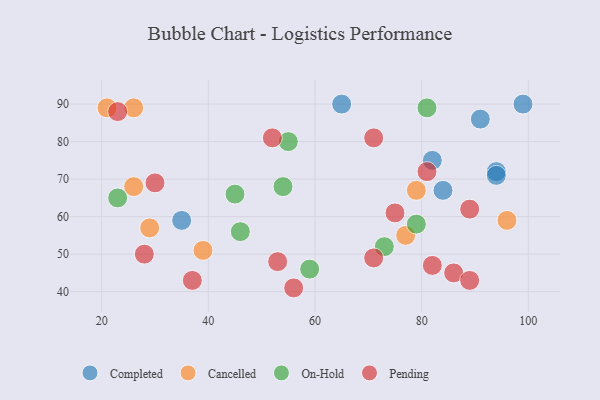
{"axis": {"x": "GDP", "y": "Life Expectancy"}, "legend": ["Cancelled", "Completed", "On-Hold", "Pending"], "data": [{"x": "35", "y": 59, "type": "Completed"}, {"x": "84", "y": 67, "type": "Completed"}, {"x": "65", "y": 90, "type": "Completed"}, {"x": "94", "y": 72, "type": "Completed"}, {"x": "82", "y": 75, "type": "Completed"}, {"x": "91", "y": 86, "type": "Completed"}, {"x": "99", "y": 90, "type": "Completed"}, {"x": "94", "y": 71, "type": "Completed"}, {"x": "26", "y": 89, "type": "Cancelled"}, {"x": "39", "y": 51, "type": "Cancelled"}, {"x": "29", "y": 57, "type": "Cancelled"}, {"x": "96", "y": 59, "type": "Cancelled"}, {"x": "79", "y": 67, "type": "Cancelled"}, {"x": "26", "y": 68, "type": "Cancelled"}, {"x": "21", "y": 89, "type": "Cancelled"}, {"x": "77", "y": 55, "type": "Cancelled"}, {"x": "23", "y": 65, "type": "On-Hold"}, {"x": "55", "y": 80, "type": "On-Hold"}, {"x": "59", "y": 46, "type": "On-Hold"}, {"x": "73", "y": 52, "type": "On-Hold"}, {"x": "81", "y": 89, "type": "On-Hold"}, {"x": "45", "y": 66, "type": "On-Hold"}, {"x": "54", "y": 68, "type": "On-Hold"}, {"x": "79", "y": 58, "type": "On-Hold"}, {"x": "46", "y": 56, "type": "On-Hold"}, {"x": "23", "y": 88, "type": "Pending"}, {"x": "37", "y": 43, "type": "Pending"}, {"x": "86", "y": 45, "type": "Pending"}, {"x": "52", "y": 81, "type": "Pending"}, {"x": "89", "y": 62, "type": "Pending"}, {"x": "89", "y": 43, "type": "Pending"}, {"x": "53", "y": 48, "type": "Pending"}, {"x": "71", "y": 81, "type": "Pending"}, {"x": "71", "y": 49, "type": "Pending"}, {"x": "30", "y": 69, "type": "Pending"}, {"x": "75", "y": 61, "type": "Pending"}, {"x": "28", "y": 50, "type": "Pending"}, {"x": "81", "y": 72, "type": "Pending"}, {"x": "82", "y": 47, "type": "Pending"}, {"x": "56", "y": 41, "type": "Pending"}]}